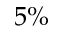
5 \%